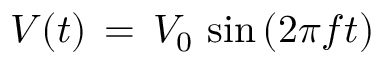
V ( t ) \, = \, V _ { \mathrm { { 0 } } } \, \sin { ( 2 \pi f t } )